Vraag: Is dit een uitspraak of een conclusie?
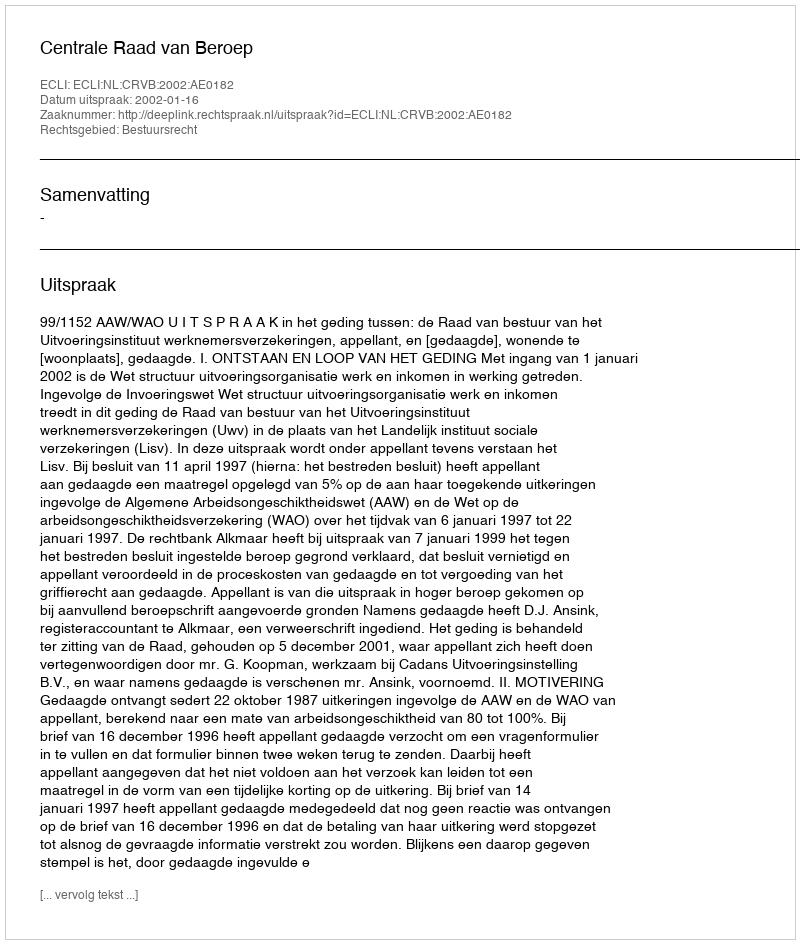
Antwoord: Uitspraak